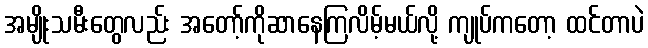
အမျိုးသမီးတွေလည်း အတော့်ကိုဆာနေကြလိမ့်မယ်လို့ ကျုပ်ကတော့ ထင်တာပဲ